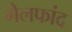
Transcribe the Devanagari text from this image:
गेलफांद